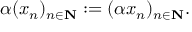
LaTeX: \alpha ( x _ { n } ) _ { n \in \mathbf { N } } : = ( \alpha x _ { n } ) _ { n \in \mathbf { N } } .